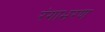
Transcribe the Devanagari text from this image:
रंगाभरण